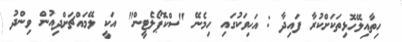
ހިތާއިލޭހޮޅިތަކަށްކުރާ ފައިދާ : އަހިވަކުގައި ހިމެނޭ "ސްކޮޕޯލެޓީން" އަކީ ލޭމައްޗަށްދިއުން ވިންދު